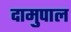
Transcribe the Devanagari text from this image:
दामुपाल